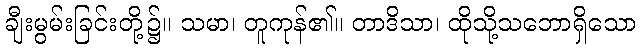
ချီးမွမ်းခြင်းတို့၌။ သမာ၊ တူကုန်၏။ တာဒိသာ၊ ထိုသို့သဘောရှိသော